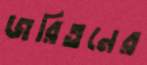
জরিতনের